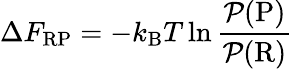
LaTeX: \Delta F_{\mathrm{RP}}=-k_{\mathrm{B}}T\ln\frac{\mathcal{P}(\mathrm{P})}{\mathcal{P}(\mathrm{R})}